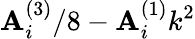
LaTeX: \mathbf{A}_{i}^{(3)}/8-\mathbf{A}_{i}^{(1)}k^{2}